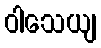
ဝါသေယျ